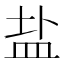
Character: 盐